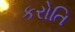
કરોતિ